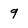
Character: 9